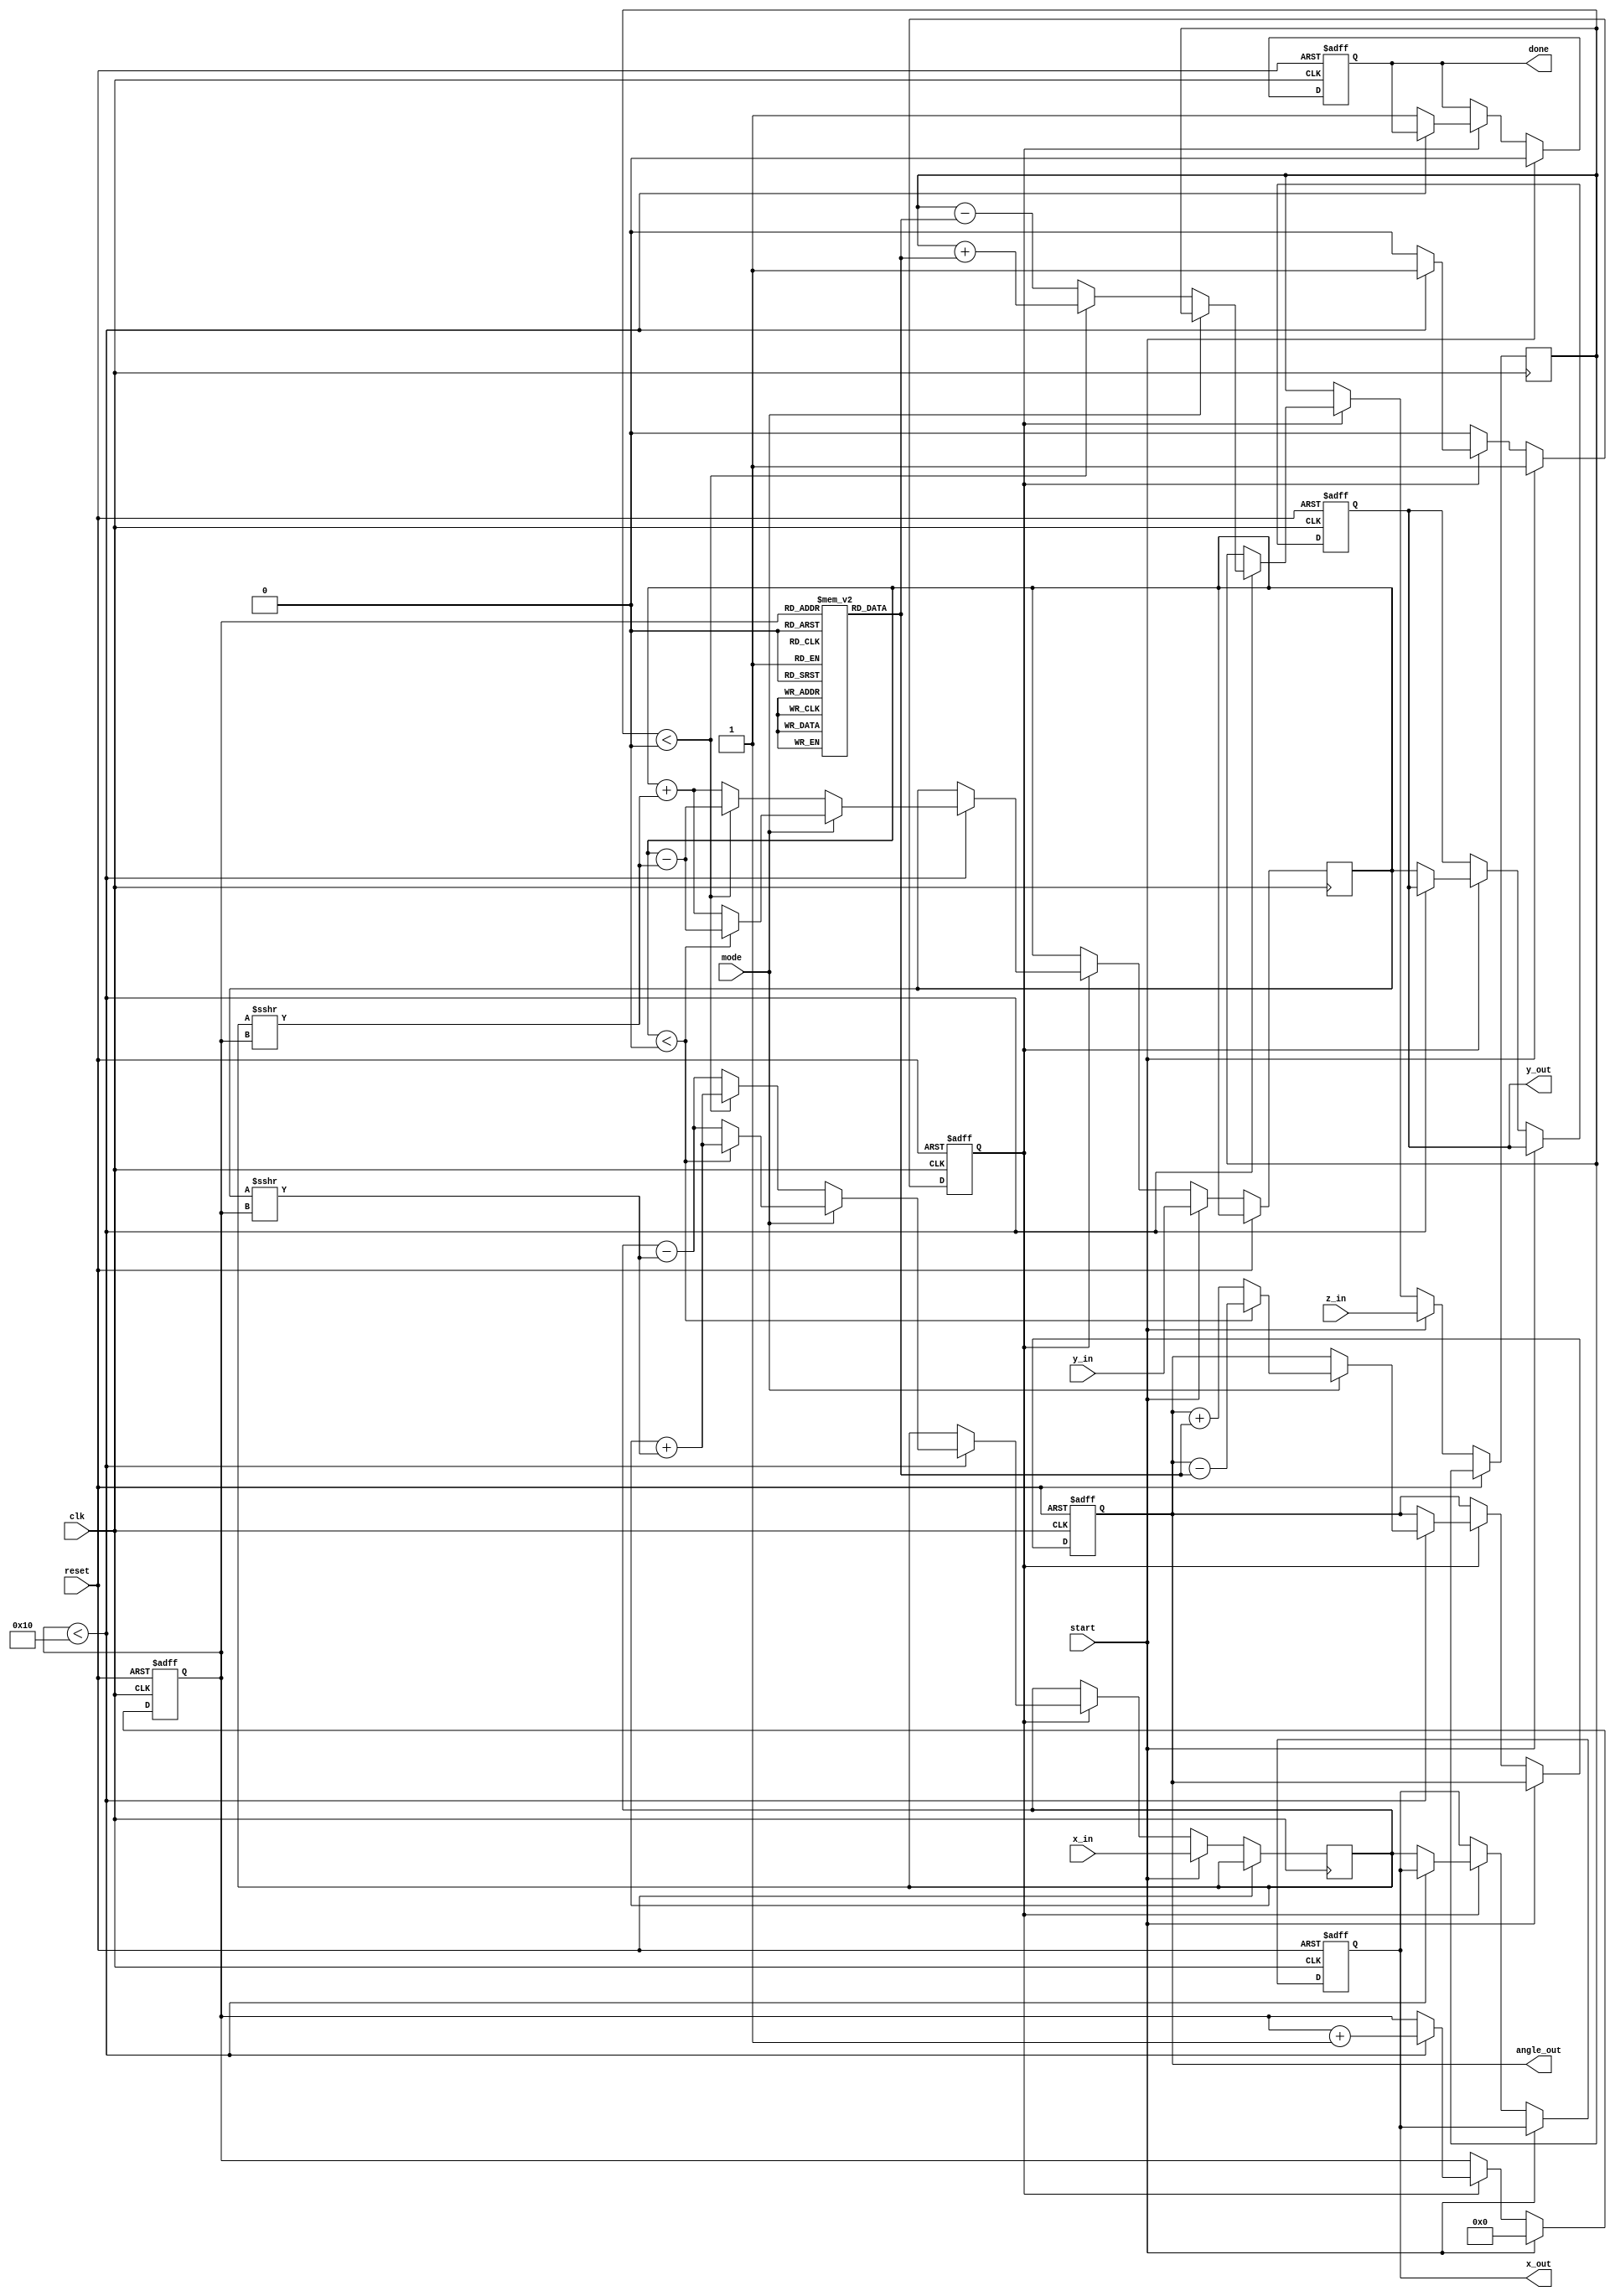
module CORDIC #(parameter WIDTH = 16, // Width of input/output data
                parameter ITERATIONS = 16 // Number of CORDIC iterations
               ) (
    input wire clk,
    input wire reset,
    input wire start,
    input wire mode, // 0 for rotation, 1 for vectoring
    input wire signed [WIDTH-1:0] x_in,
    input wire signed [WIDTH-1:0] y_in,
    input wire signed [WIDTH-1:0] z_in, // Angle for rotation mode
    output reg signed [WIDTH-1:0] x_out,
    output reg signed [WIDTH-1:0] y_out,
    output reg signed [WIDTH-1:0] angle_out,
    output reg done
);

    // Angle lookup table (arctan values)
    reg signed [WIDTH-1:0] atan_table [0:ITERATIONS-1];
    
    initial begin
        // Populate the atan_table with precomputed values
        atan_table[0] = 16'h0;        // atan(0)
        atan_table[1] = 16'h1D;       // atan(1/2^1)
        atan_table[2] = 16'h3A;       // atan(1/2^2)
        atan_table[3] = 16'h56;       // atan(1/2^3)
        // ... Continue for all iteration values ...
        atan_table[15] = 16'h7D;      // atan(1/2^15)
    end

    reg signed [WIDTH-1:0] x_reg, y_reg, z_reg;
    reg [3:0] count; // Iteration counter
    reg state; // Processing state
    reg signed [WIDTH-1:0] z_temp;

    always @(posedge clk or posedge reset) begin
        if (reset) begin
            x_out <= 0;
            y_out <= 0;
            angle_out <= 0;
            done <= 0;
            state <= 0;
            count <= 0;
        end else if (start) begin
            // Initialize registers
            x_reg <= x_in;
            y_reg <= y_in;
            z_reg <= z_in;
            z_temp <= z_in;
            count <= 0;
            done <= 0;
            state <= 1; // Start processing
        end else if (state) begin
            // CORDIC processing
            if (count < ITERATIONS) begin
                if (mode == 0) begin // Rotation mode
                    if (z_temp < 0) begin
                        x_reg <= x_reg + (y_reg >>> count);
                        y_reg <= y_reg - (x_reg >>> count);
                        z_temp <= z_temp + atan_table[count];
                    end else begin
                        x_reg <= x_reg - (y_reg >>> count);
                        y_reg <= y_reg + (x_reg >>> count);
                        z_temp <= z_temp - atan_table[count];
                    end
                end else begin // Vectoring mode
                    if (y_reg < 0) begin
                        x_reg <= x_reg + (y_reg >>> count);
                        y_reg <= y_reg - (x_reg >>> count);
                        angle_out <= angle_out - atan_table[count];
                    end else begin
                        x_reg <= x_reg - (y_reg >>> count);
                        y_reg <= y_reg + (x_reg >>> count);
                        angle_out <= angle_out + atan_table[count];
                    end
                end
                count <= count + 1;
            end else begin
                // Finished processing
                x_out <= x_reg;
                y_out <= y_reg;
                done <= 1;
                state <= 0; // Stop processing
            end
        end
    end
endmodule